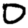
Digit: 0